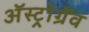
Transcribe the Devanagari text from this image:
अॅस्ट्रोग्रॅव